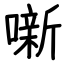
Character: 噺